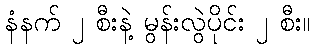
နံနက် ၂ စီးနဲ့ မွန်းလွဲပိုင်း ၂ စီး။